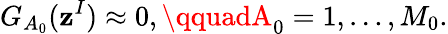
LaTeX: G_{A_{0}}(\mathbf{z}^{I})\approx0,\qquadA_{0}=1,\ldots,M_{0}.